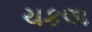
ચકલા